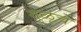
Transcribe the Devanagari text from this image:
गुळूंचे